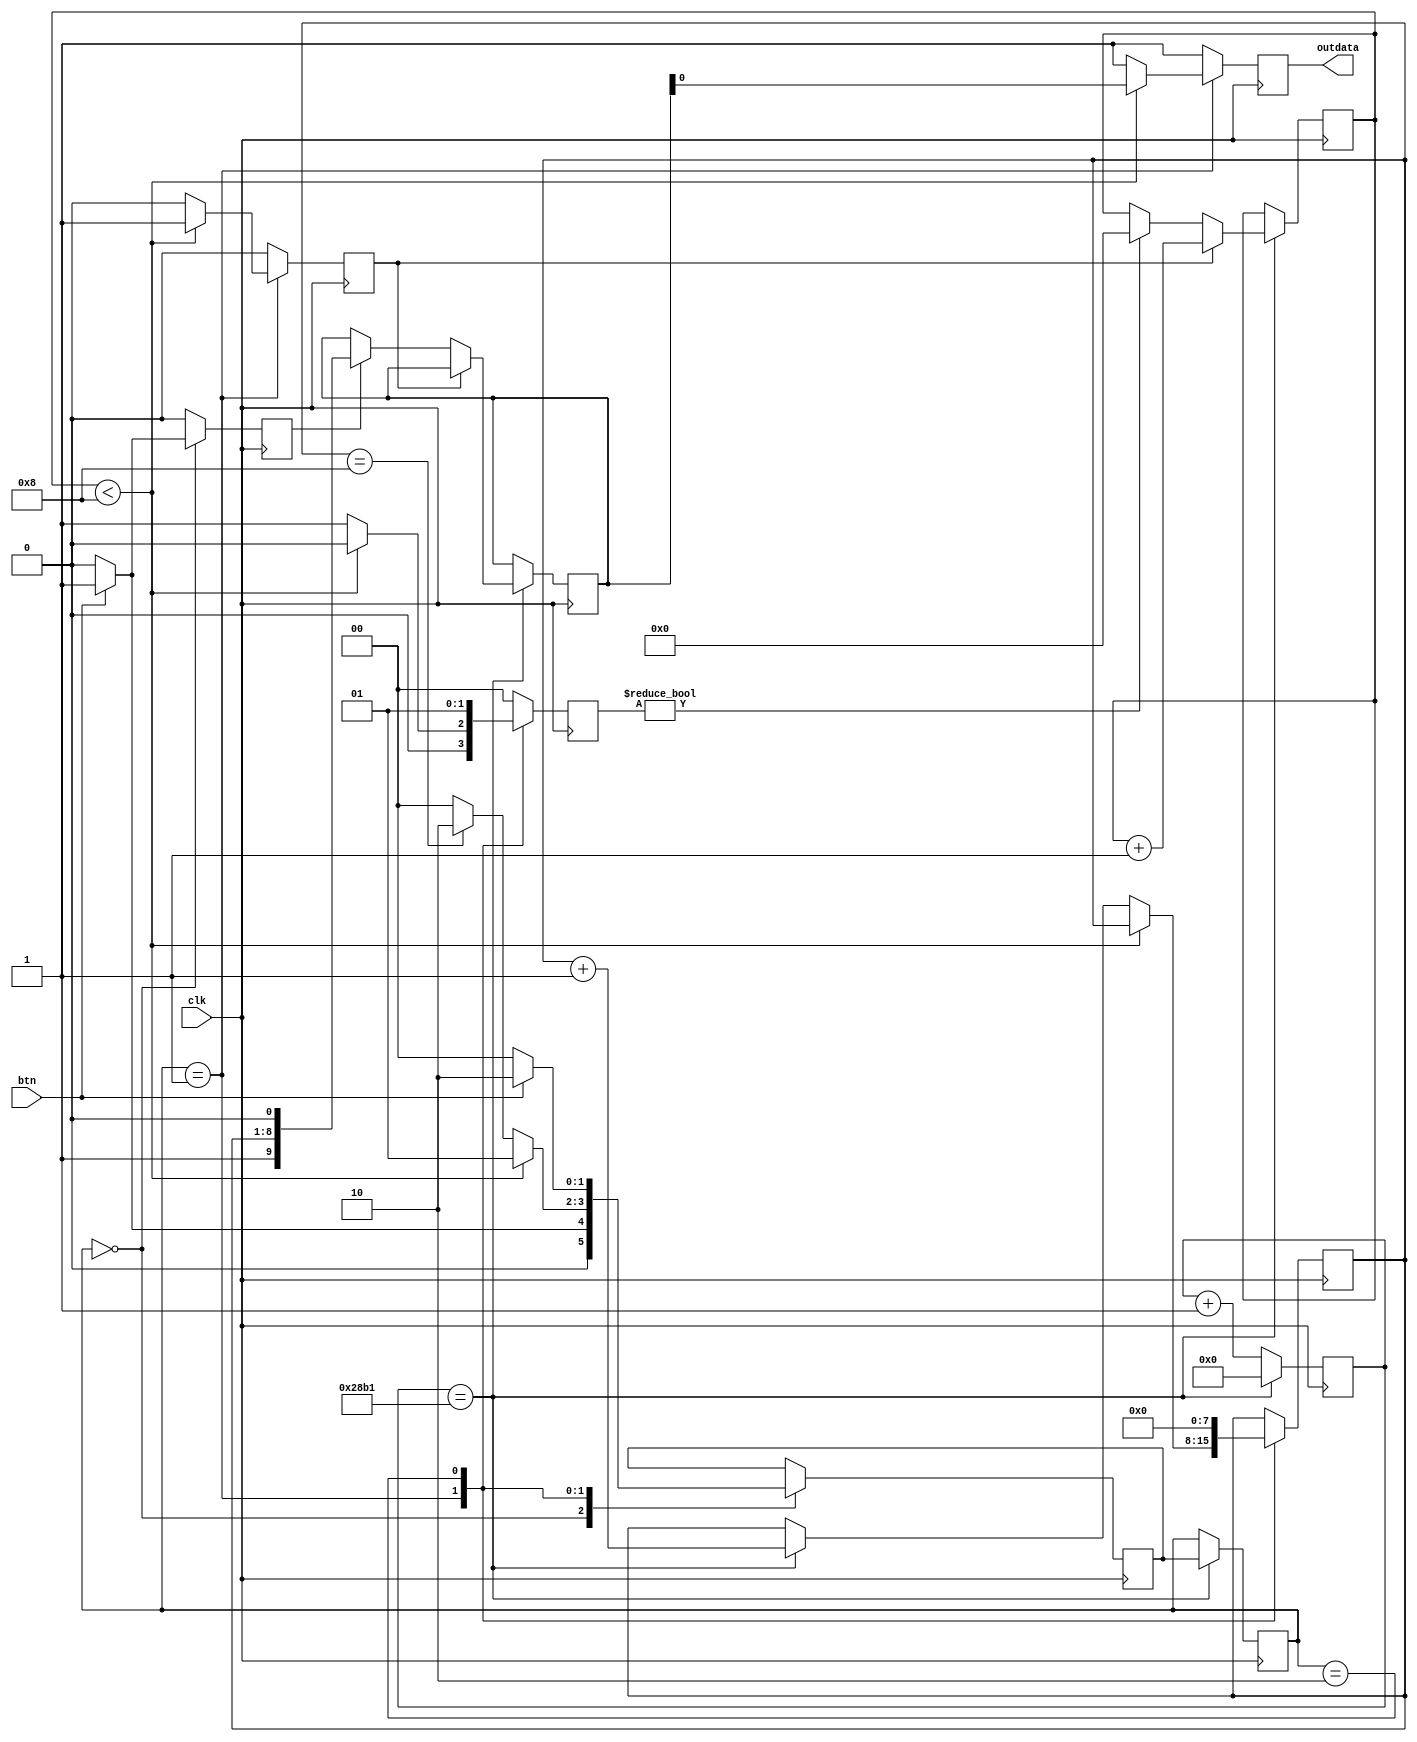
////`timescale 1ns / 1ps
//////////////////////////////////////////////////////////////////////////////////////
////// Company: 
////// Engineer: 
////// 
////// Design Name: 
////// Module Name: uart19
////// Project Name: 
////// Target Devices: 
////// Tool Versions: 
////// Description: 
////// 
////// Dependencies: 
////// 
////// Revision:
////// Revision 0.01 - File Created
////// Additional Comments:
////// 
//////////////////////////////////////////////////////////////////////////////////////


//module uart_9(
//    input wire clk,btn,
//    output reg outdata
//    );
    
//    reg [7:0] data = 8'b00000000; // to 00111001
//    //reg btn = 1;
//    reg [3:0] bitcount=0;
//    reg [13:0] baudcount=0;
//    reg [9:0] shiftright_reg=0;
//    reg [1:0]state,next_state=0,shift=0,load=0,clear=0;
    

//    always@(posedge clk)
//    begin

//           baudcount<=baudcount+1;
         
//            if(baudcount==10417)
           
//            begin
//                state<=next_state;
              
                
//                if(load)
//                    shiftright_reg <= {1'b1,data,1'b0};
                    
//                if(clear)
//                    bitcount<=0;
                    
//                if(shift)
//                begin
//                    shiftright_reg<=shiftright_reg>>1;
//                    bitcount<=bitcount+1;
//                end

                    
//            end
            
//        end
    
    
//    always@(posedge clk)
//    begin
//        load<=0;
//        shift<=0;
//        clear<=0;
//       outdata<=1;
////         
        
//        case(state)
//            0:
//            begin
//                if(btn)
//                begin
//                    next_state <= 1;
//                    load <= 1;
//                    shift<=0;
//                    clear<=0;
//                end
//                else 
//                begin
//                    next_state <= 0;
//                    outdata <= 1;
                    
//                end
//            end
            
//            1:
//            begin
//                if(bitcount <10) begin
//                  next_state <= 1;
//                    outdata<=shiftright_reg[0];
//                       shift<=1;
//                       end
//                       else begin
//                       clear<=1;
//                       next_state<=0;
//                   if (baudcount==10417) 
//                        data<=data+1;
//                         if(data ==8'b00001001 )
//                             next_state<=2;
//                          end 
//                     end
                     

//            2:begin
//            data<=8'b00000000;
//            clear<=1;
//            if (btn) begin
//            next_state<=2;
//            end
//            else begin
//            next_state<=0;
//            end
//            end
//         endcase
//       end
//endmodule


 //updated uart
module uart_9(
    input wire clk, btn,

    output reg outdata
);

reg [7:0] data = 8'b00000000; // to 00111001
// reg btn = 1;
reg [3:0] bitcount = 0;
reg [13:0] baudcount = 0;
reg [9:0] shiftright_reg = 10'b0000000000; // Changed to 10 bits
reg [1:0] state, next_state = 0, shift = 0, load = 0, clear = 0;

always @(posedge clk) begin
     baudcount<=baudcount+1;
    if (baudcount == 10417) begin
       baudcount <= 0;
        state <= next_state; // Reset baudcount at the end of transmission cycle
        
        if (load)
            shiftright_reg <= {1'b1, data, 1'b0};
       

        if (clear)
            bitcount <= 0;
          

        if (shift) begin
          shiftright_reg <= {shiftright_reg[9], shiftright_reg[9:0]};
            bitcount <= bitcount + 1;
        end
    end
end


always @(posedge clk) begin
    load <= 0;
    shift <= 0;
    clear <= 0;
    outdata <= 1; // This line doesn't seem to change, might need to revise.
    case (state)
        0: begin
          
            if (btn) begin
                next_state <= 1;
                load <= 1;
                shift<=0;
                clear<=0;
            end else begin
                next_state <= 0;
                outdata <= 1;
            end
        end

        1: begin
            if (bitcount < 8) begin
                next_state <= 1;
                outdata <= shiftright_reg[0];
                shift <= 1;
            end else begin
                clear <= 1;
                next_state <= 0;
                if (baudcount == 10417) 
                    data <= data + 1;
                      if (data == 8'b00001000) 
                    next_state<=2;
           
            end
            end
          
     
        2: begin
          
            data <= 8'b00000000;
           clear <= 1;
          //baudcount<=0;
            if ( btn ) begin
            next_state <=2;
            end
            else  begin
                next_state <= 0;
          end
        end
    endcase
end

endmodule